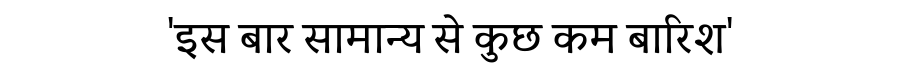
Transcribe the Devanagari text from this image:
'इस बार सामान्य से कुछ कम बारिश'